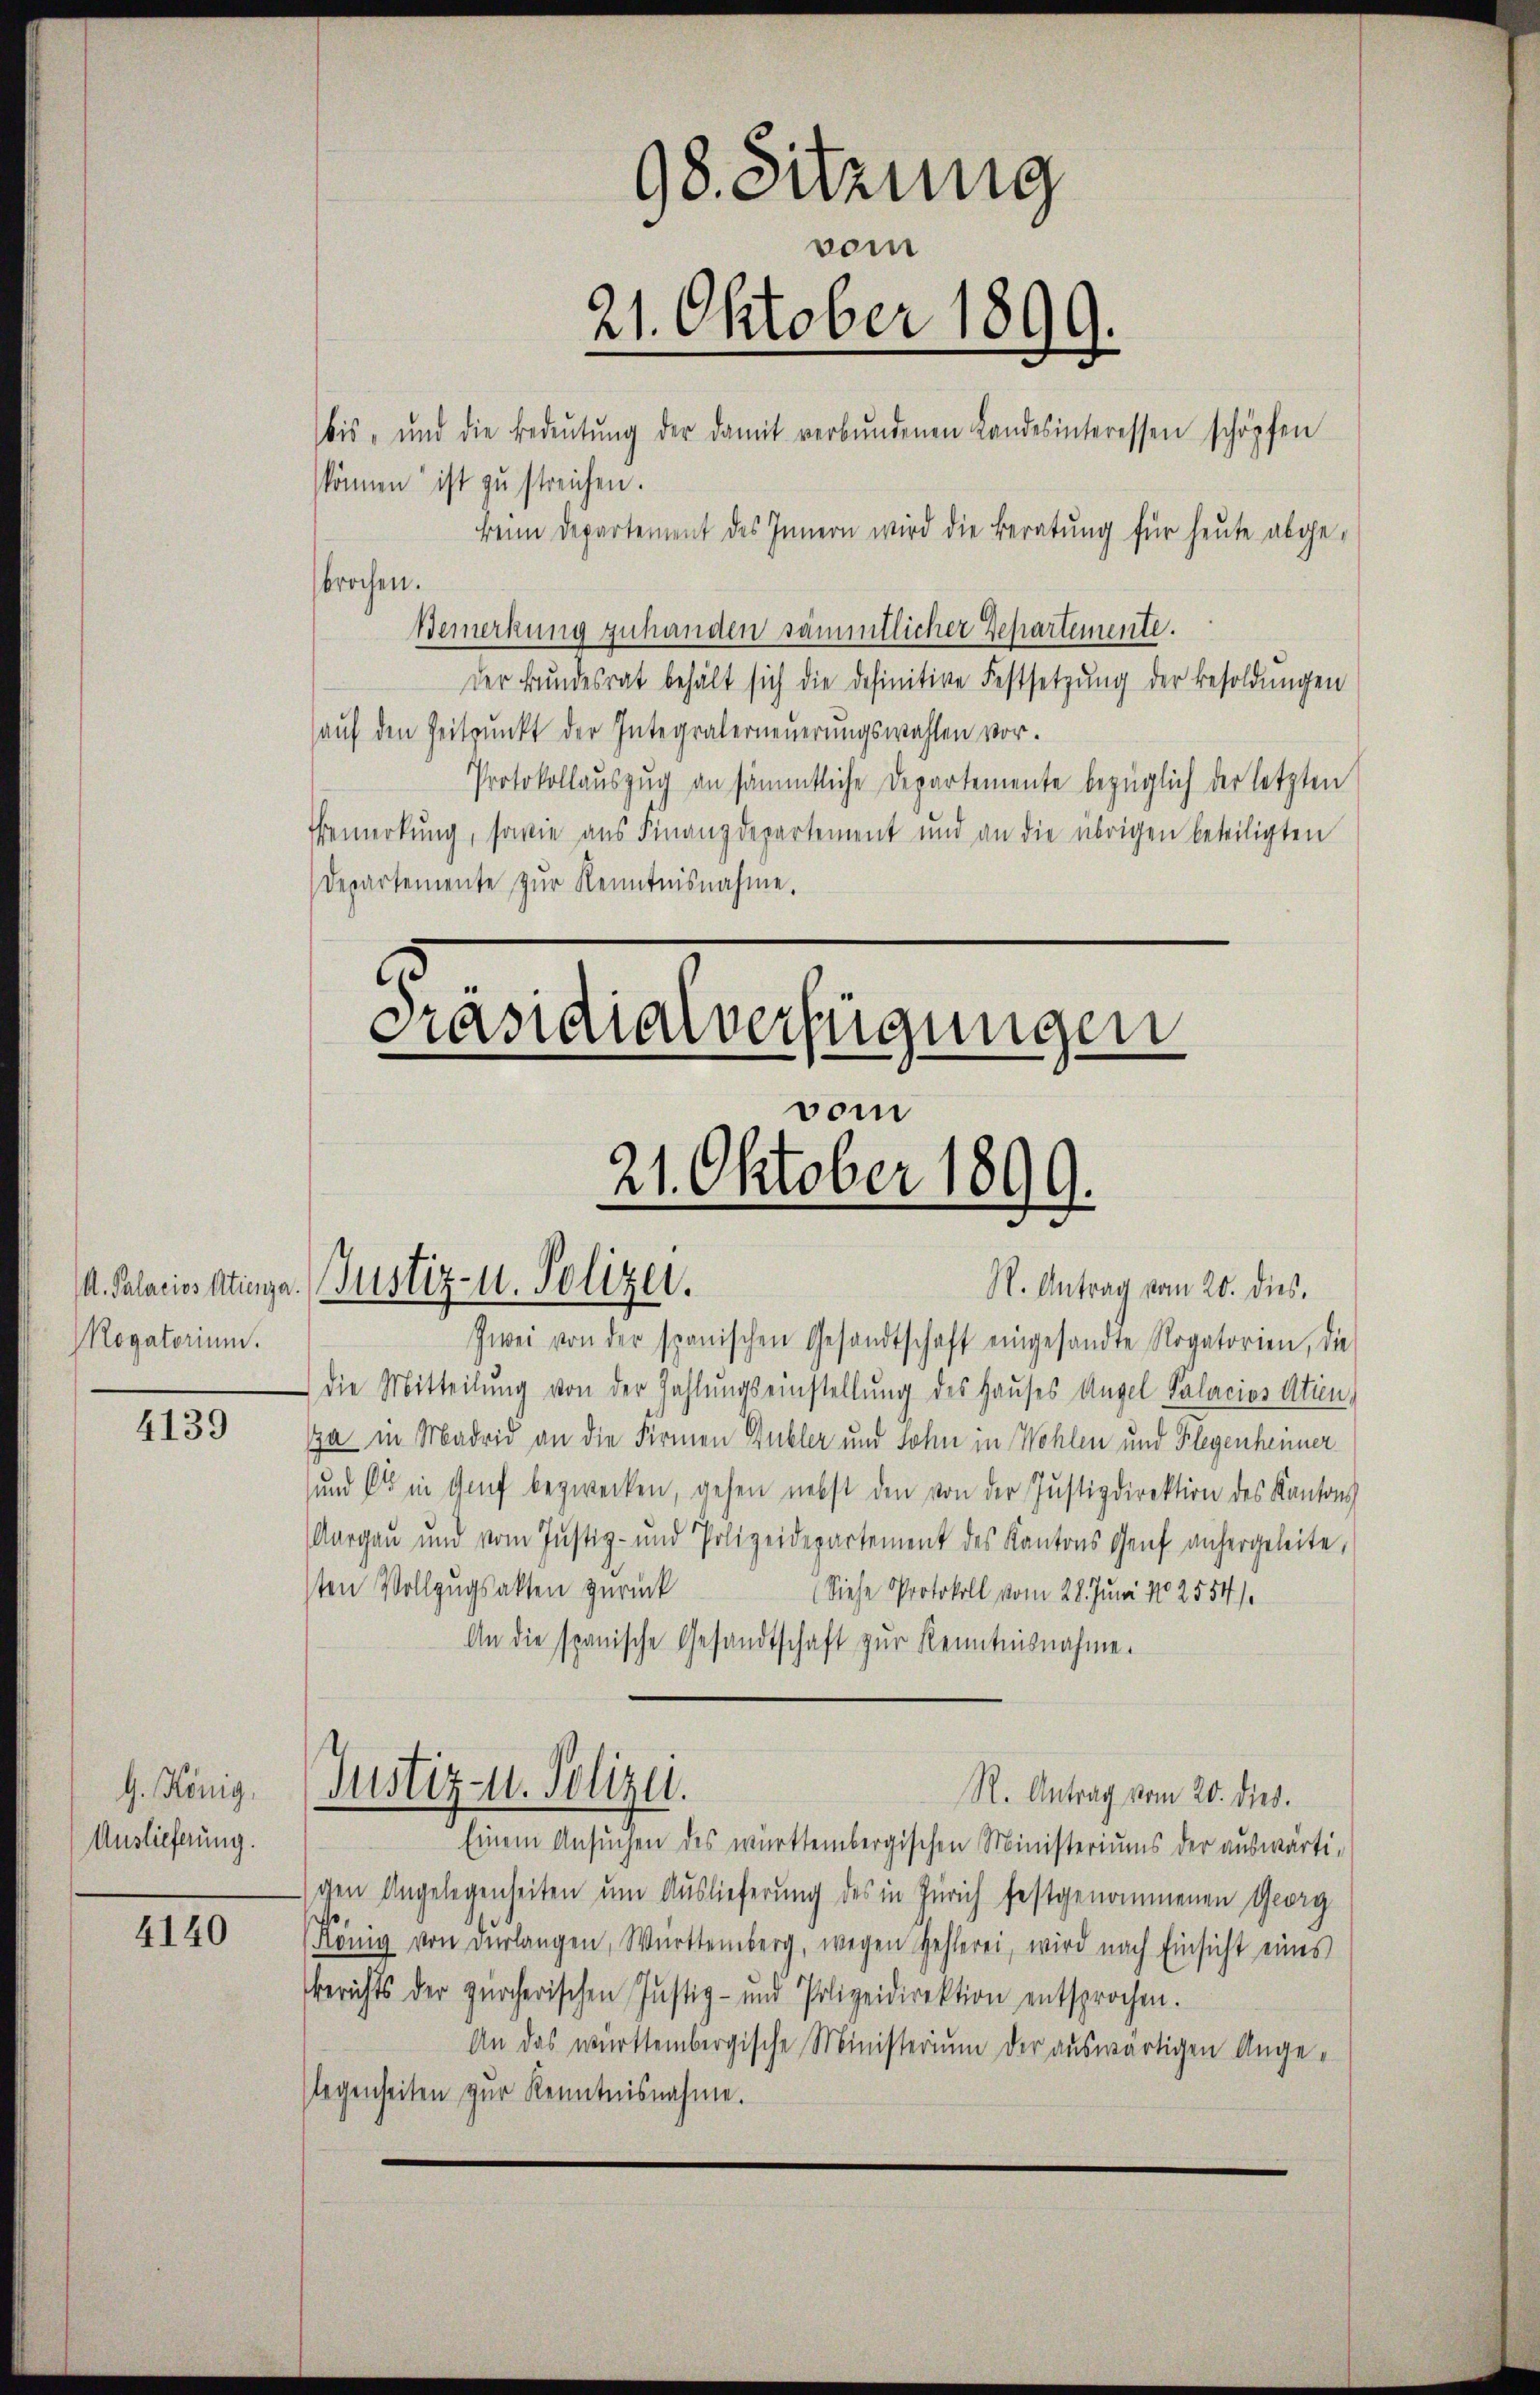
Mogatorium.

4139

G. König,
Auslieferung.

4140

98. Sitzung
vom
21. Oktober 1899.
bis, und die Bedeŭtŭng der damit verbŭndenen Landesinteressen schöpfen

können ist zu streichen.
keine Departement des Innern wird die Beratung für heute abgebrochen.
Bemerkung zuhanden sämmtlicher Departemente.
der Bundesrat behält sich die definitive Festsetzung der Besoldungen
auf den Zeitpunkt der Integralerneuerungswahlen vor.
Protokollauszug an sämmtliche Departemente bezüglich der letzten
Bemerkung, sowie aus Finanzdepartement und an die übrigen beteiligten
Departemente zŭr Kenntnisnahme.

Präsidialverfügungen
vom
21. Oktober 1899.
. Palacissstiege. Justiz- u. Polizei.
S. Antrag vom 20. dies

Zwei von der spanischen Gesandtschaft eingesandte Rogatorien, die
die Mitteilŭng von der Zahlungseinstellung des Hauses Angel Palacios Atien,
Ja in Madrid an die Firmen Gubler und Sohn in Wohlen und Flegenheimer
und es in Genf bezwecken, gehen nebst den von der Justizdirektion des Kantons
Aargau und vom Justiz- und Polizeidepartement des Kantons Genf anhergeleite,
sten Vollzugsakten zurück
Siese Protokoll vom 28. Juni No 2554/
An die spanische Gesandtschaft zur Kenntnisnahme.
Justiz- u. Polizei.
R. Antrag vom 20. dies.
Einem Ansŭchen des württembergischen Ministeriums der auswärti-
schen Angelegenheiten um Auslieferung des in Zürich festgenommenen Georg
König von derlangen, Württemberg, wegen Hehlerei, wird nach Einsicht eines
Berichts der zürcherischen Justiz- und Polizeidirektion entsprochen.
An das württembergische Ministerium der auswärtigen Angelegenheiten zur Kenntnisnahme.